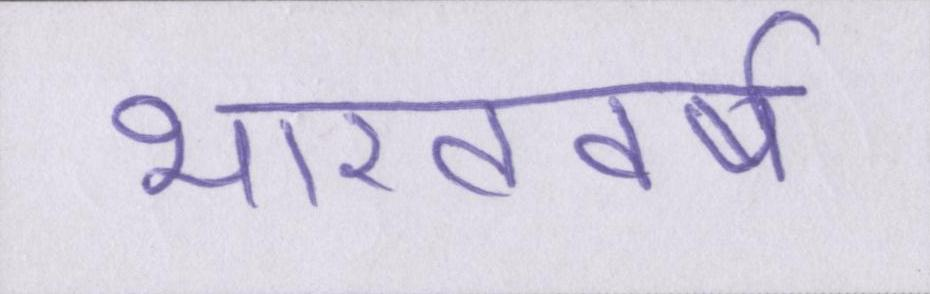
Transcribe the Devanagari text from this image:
भारतवर्ष